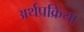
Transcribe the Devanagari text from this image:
अर्थप्रक्रिया